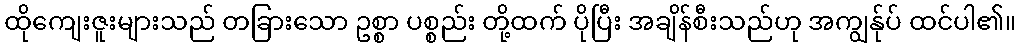
ထိုကျေးဇူးများသည် တခြားသော ဥစ္စာ ပစ္စည်း တို့ထက် ပိုပြီး အချိန်စီးသည်ဟု အကျွန်ုပ် ထင်ပါ၏။